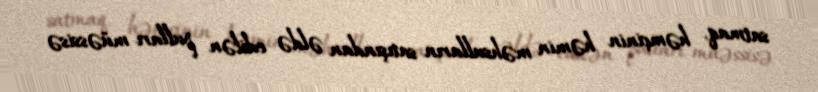
satmaq, həmçinin həmin məhsulların satışından əldə edilən pulları müəssisə